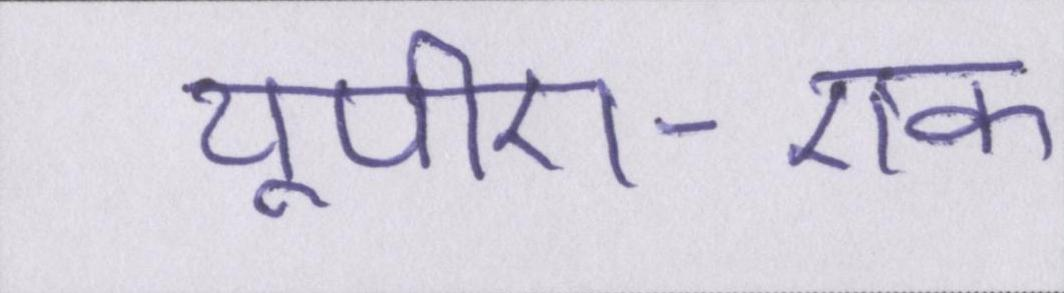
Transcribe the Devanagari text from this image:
यूपीए-एक